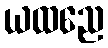
ယထညေ